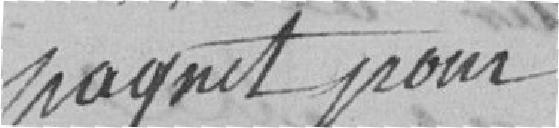
Paquet ou